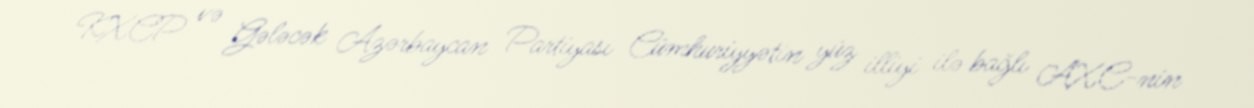
KXCP və Gələcək Azərbaycan Partiyası Cümhuriyyətin yüz illiyi ilə bağlı AXC-nin